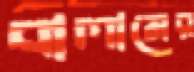
বালামের